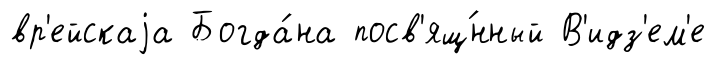
вр'ейскаjа Богда́на посв'ящ́нный В'идз'ем'е